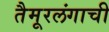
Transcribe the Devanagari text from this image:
तैमूरलंगाची